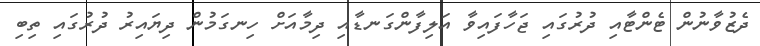
ދެޒުވާނުން ޓެންޓާއި ދުރުގައި ޖަހާފައިވާ އަލިފާންގަނޑާއި ދިމާއަށް ހިނގަމުން ދިޔައިރު ދުރުގައި ތިބި